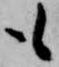
も